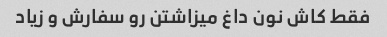
فقط کاش نون داغ میزاشتن رو سفارش و زیاد